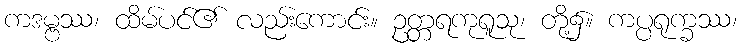
ကဒမ္ဗဿ၊ ထိမ်ပင်၏ လည်းကောင်း။ ဥတ္တရကုရူသု၊ တို့၌။ ကပ္ပရုက္ခဿ၊